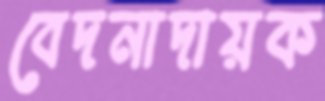
বেদনাদায়ক